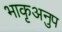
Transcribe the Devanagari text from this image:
भाकृअनुप